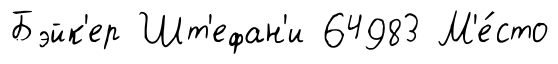
Бэйк'ер Шт'ефан'и 64983 М'е́сто